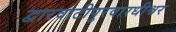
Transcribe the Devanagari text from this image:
द्वारवाटीपुरवारधीश्वर